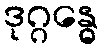
ဒုဂ္ဂန္ဓေ